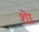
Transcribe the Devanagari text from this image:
शेा